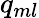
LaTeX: q_{ml}